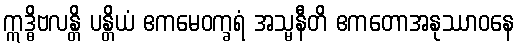
ဣဒ္ဓိဗလန္တိ ပန္တိယံ ဧကမေဝက္ခရံ အသ္မနီတိ ဧကတောအနုဿာဝနေ